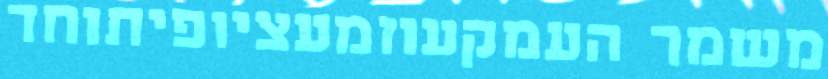
משמר העמקעוזמעציופיתוחד